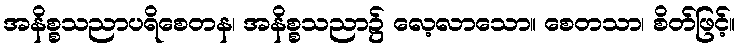
အနိစ္စသညာပရိစေတန၊ အနိစ္စသညာ၌ လေ့လာသော။ စေတသာ၊ စိတ်ဖြင့်။